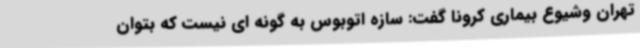
تهران وشیوع بیماری کرونا گفت: سازه اتوبوس به گونه ای نیست که بتوان